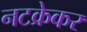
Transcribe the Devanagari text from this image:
नटक्रेकर